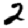
Digit: 2